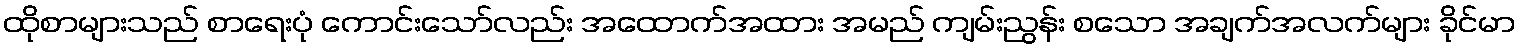
ထိုစာများသည် စာရေးပုံ ကောင်းသော်လည်း အထောက်အထား အမည် ကျမ်းညွန်း စသော အချက်အလက်များ ခိုင်မာ